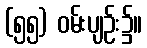
(၅၅) ဝမ်းပျဉ်း၌။